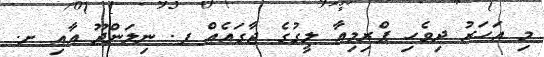
މި އަހަރު ދިވެހި ޕްރިމިއާ ލީގުގެ ޖާގައެއް ފ. ނިލަންދޫ އާއި ށ.